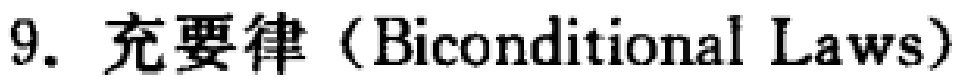
9. 充要律（Biconditional Laws）